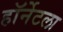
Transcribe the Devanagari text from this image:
हॉर्नेटला